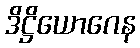
ဒိဋ္ဌိယောဂေန